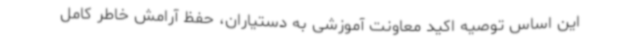
این اساس توصیه اکید معاونت آموزشی به دستیاران، حفظ آرامش خاطر کامل